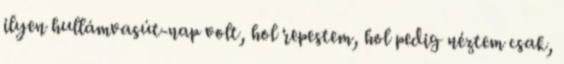
ilyen hullámvasút-nap volt, hol repestem, hol pedig néztem csak,